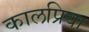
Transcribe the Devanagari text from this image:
कालप्रिया